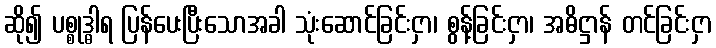
ဆို၍ ပစ္စုဒ္ဓါရ ပြန်ပေးပြီးသောအခါ သုံးဆောင်ခြင်းငှာ၊ စွန့်ခြင်းငှာ၊ အဓိဋ္ဌာန် တင်ခြင်းငှာ